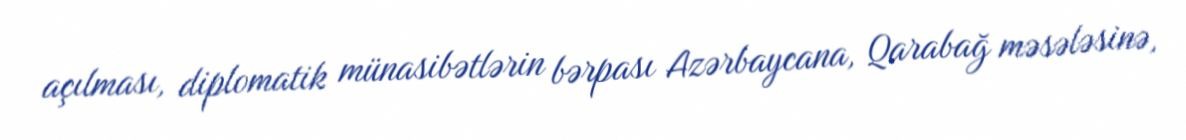
açılması, diplomatik münasibətlərin bərpası Azərbaycana, Qarabağ məsələsinə,